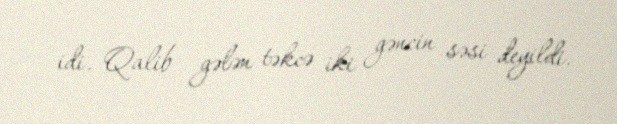
idi. Qalib gələn təkcə iki gəncin səsi deyildi.